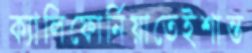
ক্যালিফোর্নিয়াতেইশান্ত